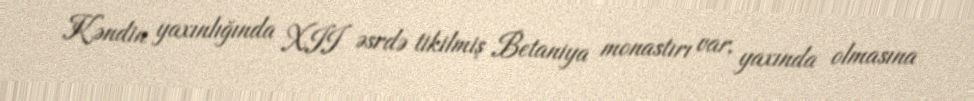
Kəndin yaxınlığında XII əsrdə tikilmiş Betaniya monastırı var, yaxında olmasına